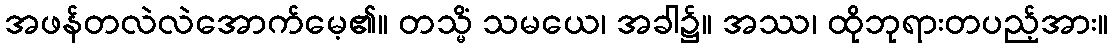
အဖန်တလဲလဲအောက်မေ့၏။ တသ္မိံ သမယေ၊ အခါ၌။ အဿ၊ ထိုဘုရားတပည့်အား။